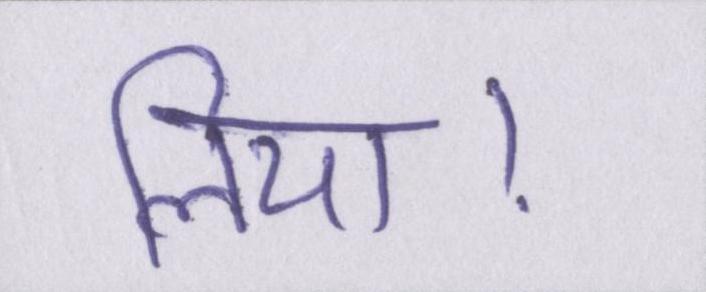
लिया।